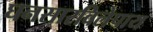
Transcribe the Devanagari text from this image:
घनसारविलेपाय